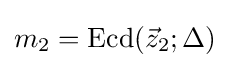
m_{2}={\text{Ecd}}({\vec {z}}_{2};\Delta )